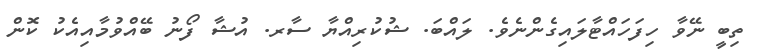
ތިބީ ނޭވާ ހިފަހައްޓާލައިގެންނެވެ. ލައްބަ. ޝުކުރިއްޔާ ސާރ. އުޝާ ފޯނު ބޭއްވުމާއިއެކު ކޮން